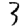
Digit: 3